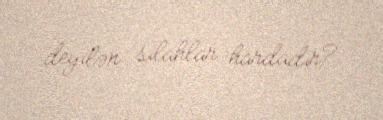
deyilən silahlar hardadır?.